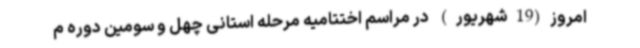
امروز(19شهریور) در مراسم اختتامیه مرحله استانی چهل و سومین دوره م